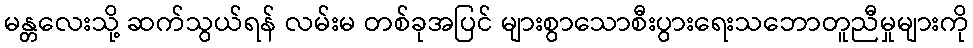
မန္တလေးသို့ ဆက်သွယ်ရန် လမ်းမ တစ်ခုအပြင် များစွာသောစီးပွားရေးသဘောတူညီမှုများကို